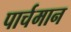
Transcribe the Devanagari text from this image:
पार्चमान